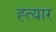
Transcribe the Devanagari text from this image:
ह्त्यार